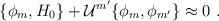
LaTeX: \begin{align*}\{\phi_m,H_0\}+{\cal U}^{m'}\{\phi_m,\phi_{m'}\}\approx 0\ .\end{align*}